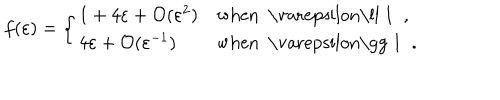
f ( \varepsilon ) = \left\{ \begin{array} { l l } { { 1 + 4 \varepsilon + \mathcal { O } ( \varepsilon ^ { 2 } ) } } & { { \mathrm { w h e n ~ \ v a r e p s i l o n \ll ~ 1 ~ } \; , } } \\ { { 4 \varepsilon + \mathcal { O } ( \varepsilon ^ { - 1 } ) } } & { { \mathrm { w h e n ~ \ v a r e p s i l o n \gg ~ 1 ~ } \; . } } \\ \end{array} \right.